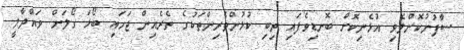
ސާފުނުކޮށްލެވި އުޅެނިކޮށް ބޮނޑިވެފައި ތިބި ކުޅުންތެރިންތަކުގެ ތެރެއިން ޖަހައި ބޯޅަ ގޯލަށް ވައްދާލީ